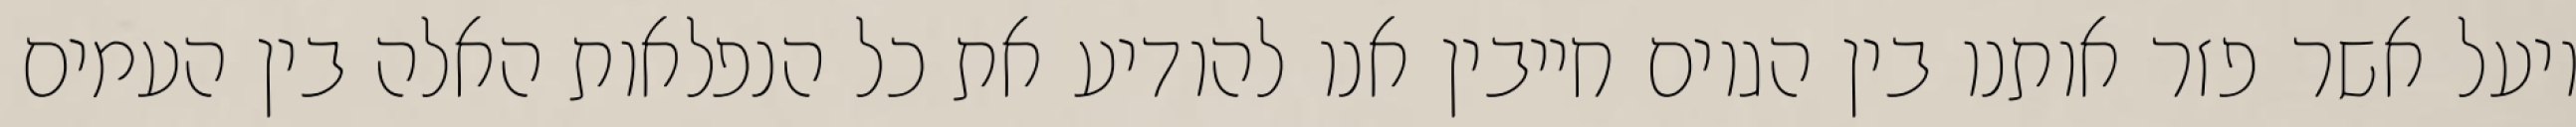
ויעל אשר פזר אותנו בין הגוים חייבין אנו להודיע את כל הנפלאות האלה בין העמים